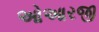
ઓઆરજી